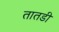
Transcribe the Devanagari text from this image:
तातडी